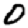
Digit: 0